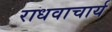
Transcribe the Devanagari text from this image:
राधवाचार्य